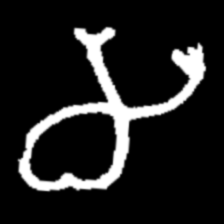
Pyu character \u2014 Myanmar letter: မ (romanized: ma)